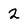
Character: 2